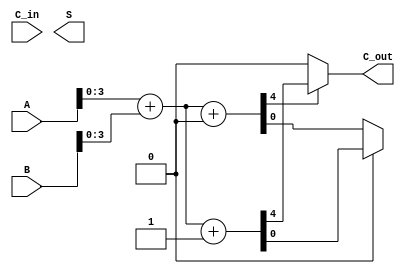
module CarrySelectAdder #(parameter N = 8, // Total bits
                          parameter K = 4  // Block size
                         )(
    input  [N-1:0] A,      // First operand
    input  [N-1:0] B,      // Second operand
    input          C_in,    // Carry input
    output [N:0]  S,       // Sum output (N+1 bits)
    output         C_out    // Carry output
);

    localparam NUM_BLOCKS = N / K; // Number of blocks
    wire [K-1:0] S0 [0:NUM_BLOCKS-1]; // Sums for C_in = 0
    wire [K-1:0] S1 [0:NUM_BLOCKS-1]; // Sums for C_in = 1
    wire C0 [0:NUM_BLOCKS-1];         // Carry outs for C_in = 0
    wire C1 [0:NUM_BLOCKS-1];         // Carry outs for C_in = 1
    wire C_prev [0:NUM_BLOCKS-1];     // Previous carry outs

    // Generate blocks
    genvar i;
    generate
        for (i = 0; i < NUM_BLOCKS; i = i + 1) begin : block
            wire [K-1:0] A_block = A[(i*K) +: K];
            wire [K-1:0] B_block = B[(i*K) +: K];
            wire C_in_block = (i == 0) ? C_in : C_prev[i-1];

            // Compute sums and carries for C_in = 0
            assign {C0[i], S0[i]} = A_block + B_block + 1'b0;
            // Compute sums and carries for C_in = 1
            assign {C1[i], S1[i]} = A_block + B_block + 1'b1;

            // Select the carry for the next block
            if (i > 0) begin
                assign C_prev[i] = C0[i-1] ? C1[i-1] : C0[i-1];
            end
        end
    endgenerate

    // Final output selection
    wire [K-1:0] selected_sum [0:NUM_BLOCKS-1];
    assign C_out = C_prev[NUM_BLOCKS-1];

    generate
        for (i = 0; i < NUM_BLOCKS; i = i + 1) begin : selection
            assign selected_sum[i] = C_prev[i] ? S1[i] : S0[i];
        end
    endgenerate

    // Concatenate the selected sums to form the final sum output
    assign S = {C_out, selected_sum[NUM_BLOCKS-1], selected_sum[NUM_BLOCKS-2], selected_sum[NUM_BLOCKS-3], selected_sum[NUM_BLOCKS-4]};

endmodule